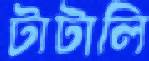
টাটালি